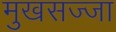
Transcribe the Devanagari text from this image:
मुखसज्जा